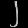
Digit: ၂